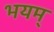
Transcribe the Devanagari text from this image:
भयम्